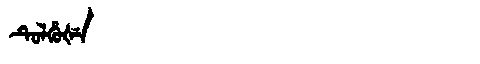
Manchu: ᡨᡠᠯᡥᡠᡧᡝ
Romanization: TULHUŠE